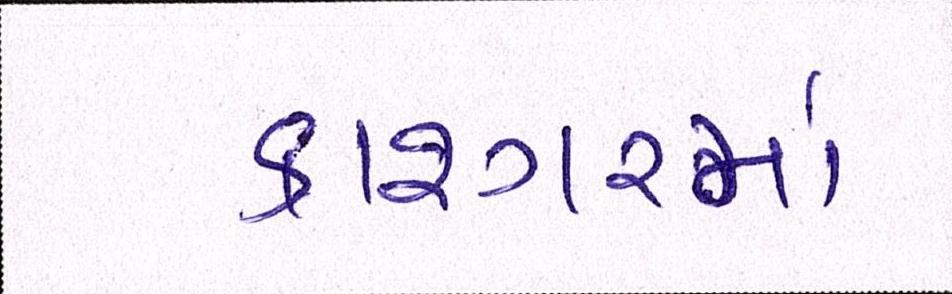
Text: કાશ્ગરમાં